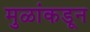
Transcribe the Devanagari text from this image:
मुळांकडून